Civil Veterinary Dept. Assam report 1911-1927 - 1911-1927
Year: 1911
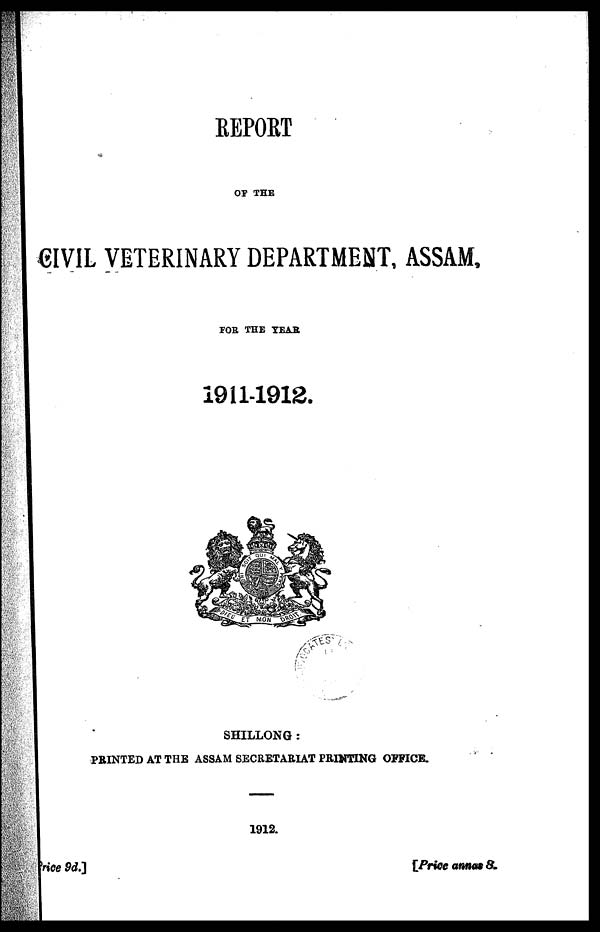
REPORT
OF THE
CIVIL VETERINARY DEPARTMENT, ASSAM,
FOB THE YEAR
I911-1912.
SHILLONG :
PRINTED AT THE ASSAM SECRETARIAT PRINTING OFFICE.
1912.
price 9d.]
[Price anmm 8.